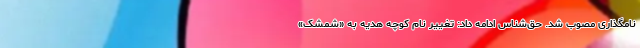
نامگذاری مصوب شد. حق‌شناس ادامه داد: تغییر نام کوچه هدیه به «شمشک»